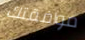
موافقتك